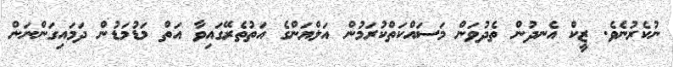
ނުކެރުނެވެ. ޒީކް އެނދުން ތެދުވަން މަސައްކަތްކުރަމުން އަލްޔަންގެ އަތުތެރޭގައިވާ އަތް މަޑުމަޑުން ދަމައިގަންނަން